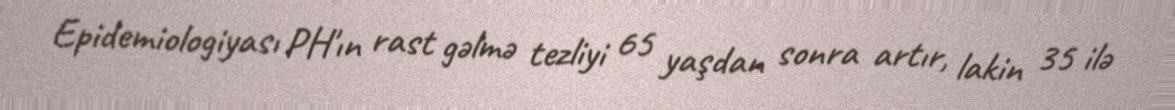
Epidemiologiyası PH'ın rast gəlmə tezliyi 65 yaşdan sonra artır, lakin 35 ilə